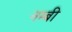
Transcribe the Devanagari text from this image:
नम्बी